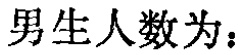
男生人数为：